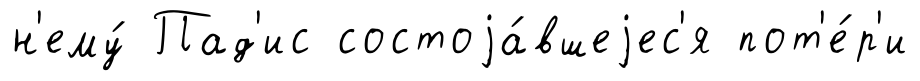
н'ему́ Пад'ис состоjа́вшеjес'я пот'е́р'и